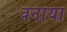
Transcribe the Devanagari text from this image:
वनाया